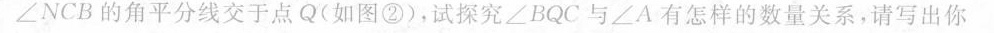
∠NCB的角平分线交于点Q(如图②)，试探究\angle BQC与\angle A有怎样的数量关系，请写出你